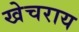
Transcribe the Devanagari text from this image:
खेचराय